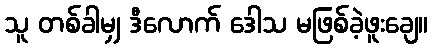
သူ တစ်ခါမျှ ဒီလောက် ဒေါသ မဖြစ်ခဲ့ဖူးချေ။